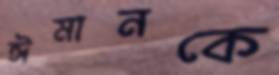
ঈমানকে